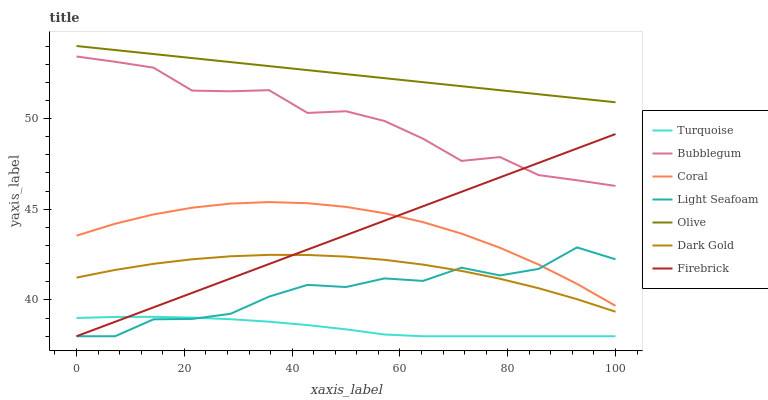
| xaxis_label | Turquoise | Bubblegum | Coral | Light Seafoam | Olive | Dark Gold | Firebrick |
 | --- | --- | --- | --- | --- | --- | --- | --- |
 | 0 | 39 | 53.4 | 43.5 | 38 | 54 | 41.2 | 38 |
 | 7.14 | 39.1 | 53.1 | 44.2 | 38 | 53.8 | 41.7 | 38.8 |
 | 14.3 | 39.1 | 52.8 | 44.7 | 38.9 | 53.6 | 42 | 39.6 |
 | 21.4 | 39 | 51.5 | 45.1 | 39 | 53.3 | 42.2 | 40.4 |
 | 28.6 | 38.9 | 51.5 | 45.3 | 39.2 | 53.1 | 42.4 | 41.2 |
 | 35.7 | 38.8 | 51.6 | 45.4 | 40.2 | 52.9 | 42.5 | 42 |
 | 42.9 | 38.6 | 50.3 | 45.3 | 40.8 | 52.7 | 42.5 | 42.8 |
 | 50 | 38.4 | 50.4 | 45.1 | 40.7 | 52.4 | 42.4 | 43.6 |
 | 57.1 | 38.1 | 49.9 | 44.8 | 41.2 | 52.2 | 42.2 | 44.4 |
 | 64.3 | 38 | 48.9 | 44.3 | 41.1 | 52 | 41.9 | 45.2 |
 | 71.4 | 38 | 47.7 | 43.7 | 41.8 | 51.8 | 41.6 | 46 |
 | 78.6 | 38 | 47.9 | 42.9 | 41.4 | 51.6 | 41.2 | 46.8 |
 | 85.7 | 38 | 46.9 | 42 | 41.7 | 51.3 | 40.6 | 47.6 |
 | 92.9 | 38 | 46.6 | 40.9 | 42.9 | 51.1 | 40 | 48.4 |
 | 100 | 38 | 46.3 | 39.7 | 42.2 | 50.9 | 39.4 | 49.1 |